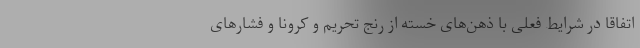
اتفاقا در شرایط فعلی با ذهن‌های خسته از رنج تحریم و کرونا و فشارهای